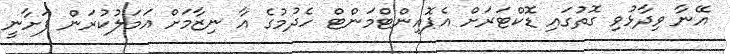
އޭނާ ވިދާޅުވި ގޮތުގައި ޑޮކްޓަރަށް އެޕޮއިންޓްމަންޓް ހެދުމުގެ އާ ނިޒާމަށް އަމަލުކުރަން ފަށާނީ